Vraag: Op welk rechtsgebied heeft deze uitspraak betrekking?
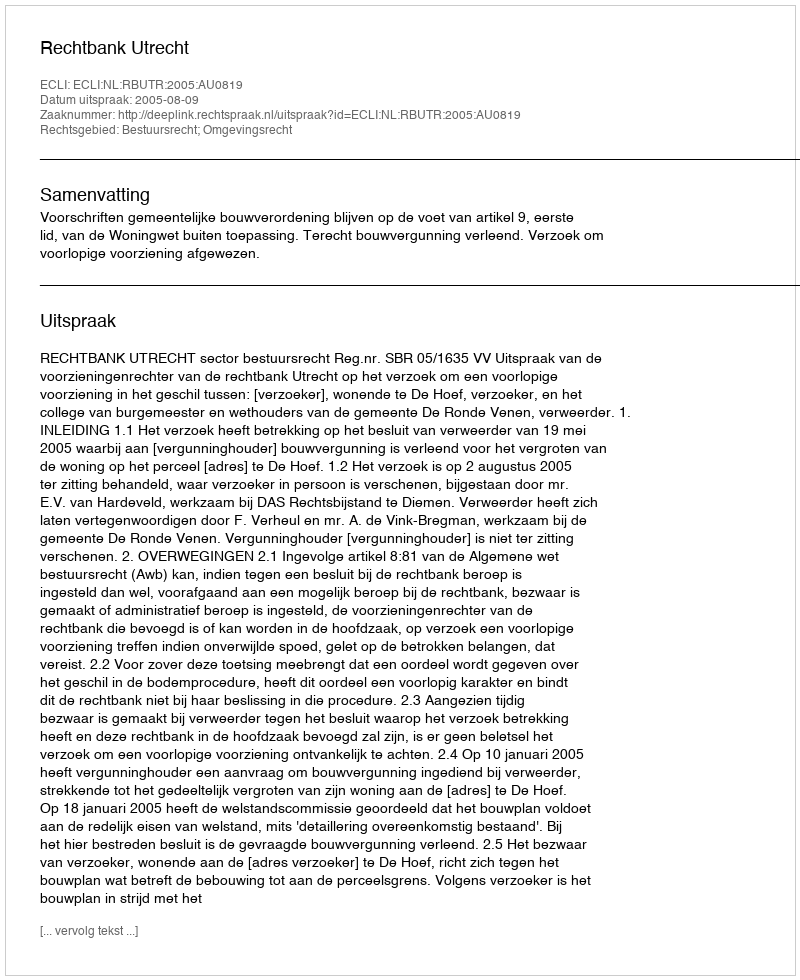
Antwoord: Bestuursrecht; Omgevingsrecht